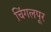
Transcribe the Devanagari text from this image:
चिंगलपूर